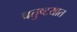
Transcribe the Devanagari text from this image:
चतुष्टयात